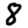
Digit: 8